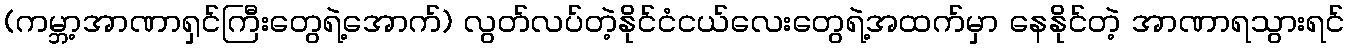
(ကမ္ဘာ့အာဏာရှင်ကြီးတွေရဲ့အောက်) လွတ်လပ်တဲ့နိုင်ငံငယ်လေးတွေရဲ့အထက်မှာ နေနိုင်တဲ့ အာဏာရသွားရင်